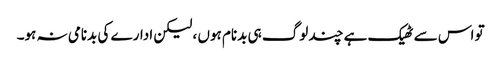
تو اس سے ٹھیک ہے چند لوگ ہی بدنام ہوں ، لیکن ادارے کی بدنامی نہ ہو۔